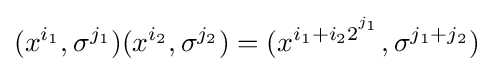
(x^{i_{1}},\sigma ^{j_{1}})(x^{i_{2}},\sigma ^{j_{2}})=(x^{i_{1}+i_{2}2^{^{j_{1}}}},\sigma ^{j_{1}+j_{2}})